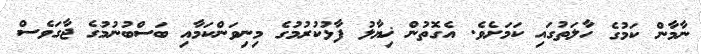
ނާމާން ކަމުގެ ހާލަތުގައި ކަމަށެވެ. އެގޮތުން ޚިޔާލު ފާޅުކުރުމުގެ މިނިވަންކަމާއި ބަސްބުނުމުގެ ޖާގަވެސް